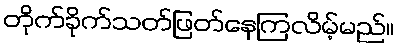
တိုက်ခိုက်သတ်ဖြတ်နေကြလိမ့်မည်။